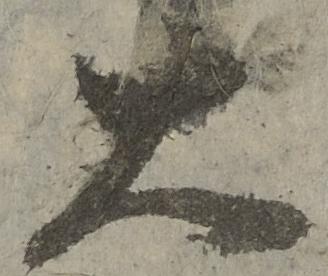
大